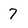
Character: 7